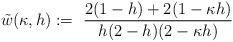
LaTeX: \begin{align*} \tilde{w}(\kappa, h) := \ \frac{2(1-h)+2(1- \kappa h)}{h(2-h)(2-\kappa h)}\end{align*}